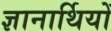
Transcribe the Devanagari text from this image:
ज्ञानार्थियों